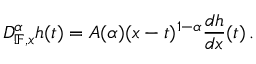
D _ { \mathbb { F } , x } ^ { \alpha } h ( t ) = A ( \alpha ) ( x - t ) ^ { 1 - \alpha } \frac { d h } { d x } ( t ) \, .